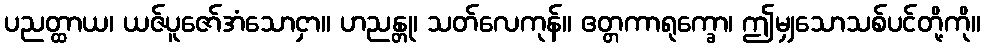
ပညတ္ထာယ၊ ယဇ်ပူဇော်အံသောငှာ။ ဟညန္တု၊ သတ်လေကုန်။ ဧတ္တကာရုက္ခော၊ ဤမျှသောသစ်ပင်တို့ကို။